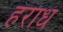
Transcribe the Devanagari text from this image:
हराध